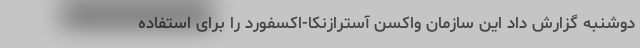
دوشنبه گزارش داد این سازمان واکسن آسترازنکا-اکسفورد را برای استفاده